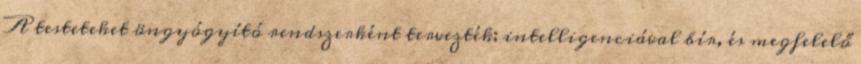
A testeteket öngyógyító rendszerként tervezték; intelligenciával bír, és megfelelő